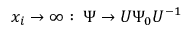
x _ { i } \rightarrow \infty : \; \Psi \rightarrow U \Psi _ { 0 } U ^ { - 1 }